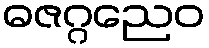
ဓဇဂ္ဂညေဝ